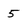
Character: 5